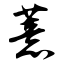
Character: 薏